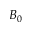
B _ { 0 }